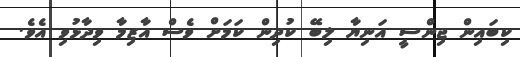
ކިބައިން ޖިންސީ އަނިޔާ ލިބޭ ކުދިން ކަމަށް ވެސް އާޒިމާ ވިދާޅުވި އެވެ.